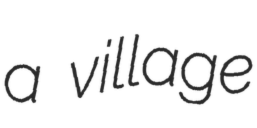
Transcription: a village